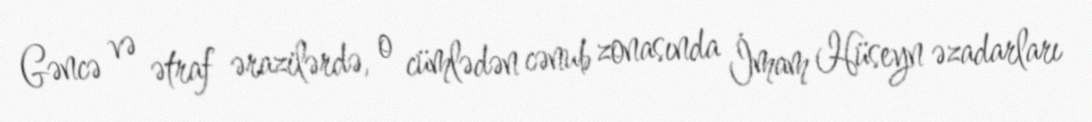
Gəncə və ətraf ərazilərdə, o cümlədən cənub zonasında İmam Hüseyn əzadarları